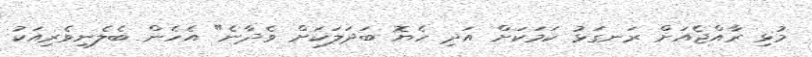
މުޅި ރާއްޖެއަށް ރަނގަޅު ކަމަކަށް އަދި ހެޔޮ ބަދަލަކަށް ވެދާނެ" އެހެން ބެލެނިވެރިއަކު